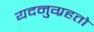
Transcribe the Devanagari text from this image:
यदनुग्रहतो